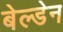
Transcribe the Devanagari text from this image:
बेल्डेन